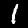
Label: 1